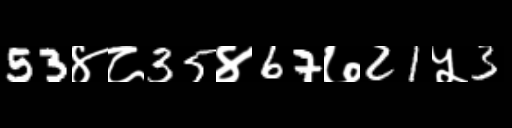
Text: 53४८35४67७21५3